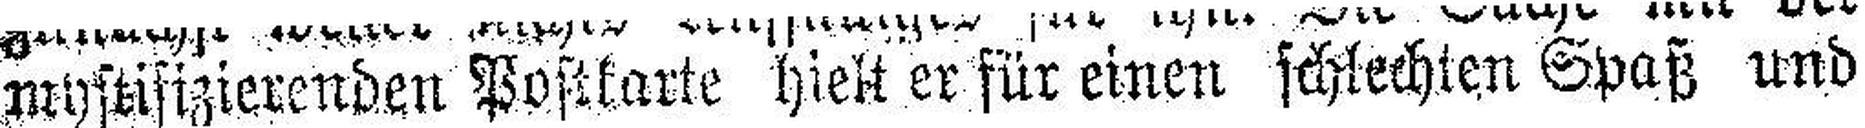
mystifizierenden Postkarte hielt er für einen schlechten Spaß und